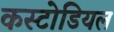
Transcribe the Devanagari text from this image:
कस्टोडियल